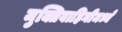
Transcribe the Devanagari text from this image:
मुक्तिवाहिनीमध्ये